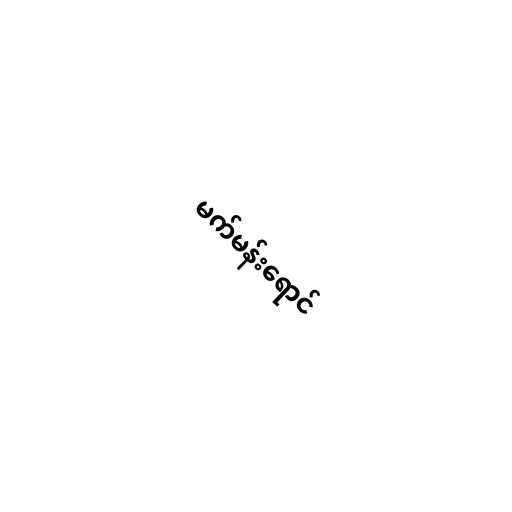
မက်မန်းရောင်